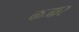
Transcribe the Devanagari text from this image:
कजार